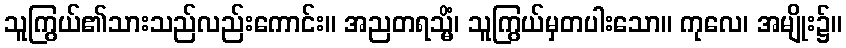
သူကြွယ်၏သားသည်လည်းကောင်း။ အညတရသ္မိံ၊ သူကြွယ်မှတပါးသော။ ကုလေ၊ အမျိုး၌။